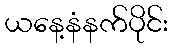
ယနေ့နံနက်ပိုင်း